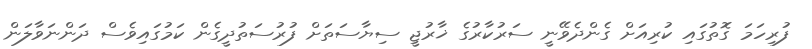
ފުރިހަމަ ގޮތުގައި ކުރިއަށް ގެންދެވޭނީ ސަރުކާރުގެ ޚާރުޖީ ސިޔާސަތަށް ފުރުސަތުދީގެން ކަމުގައިވެސް ދަންނަވާލަން